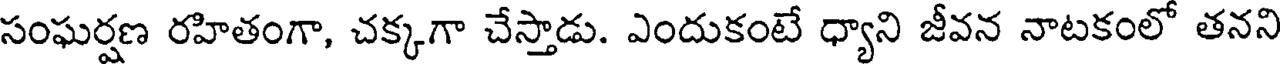
సంఘర్షణ రహితంగా, చక్కగా చేస్తాడు. ఎందుకంటే ధ్యాని జీవన నాటకంలో తనని